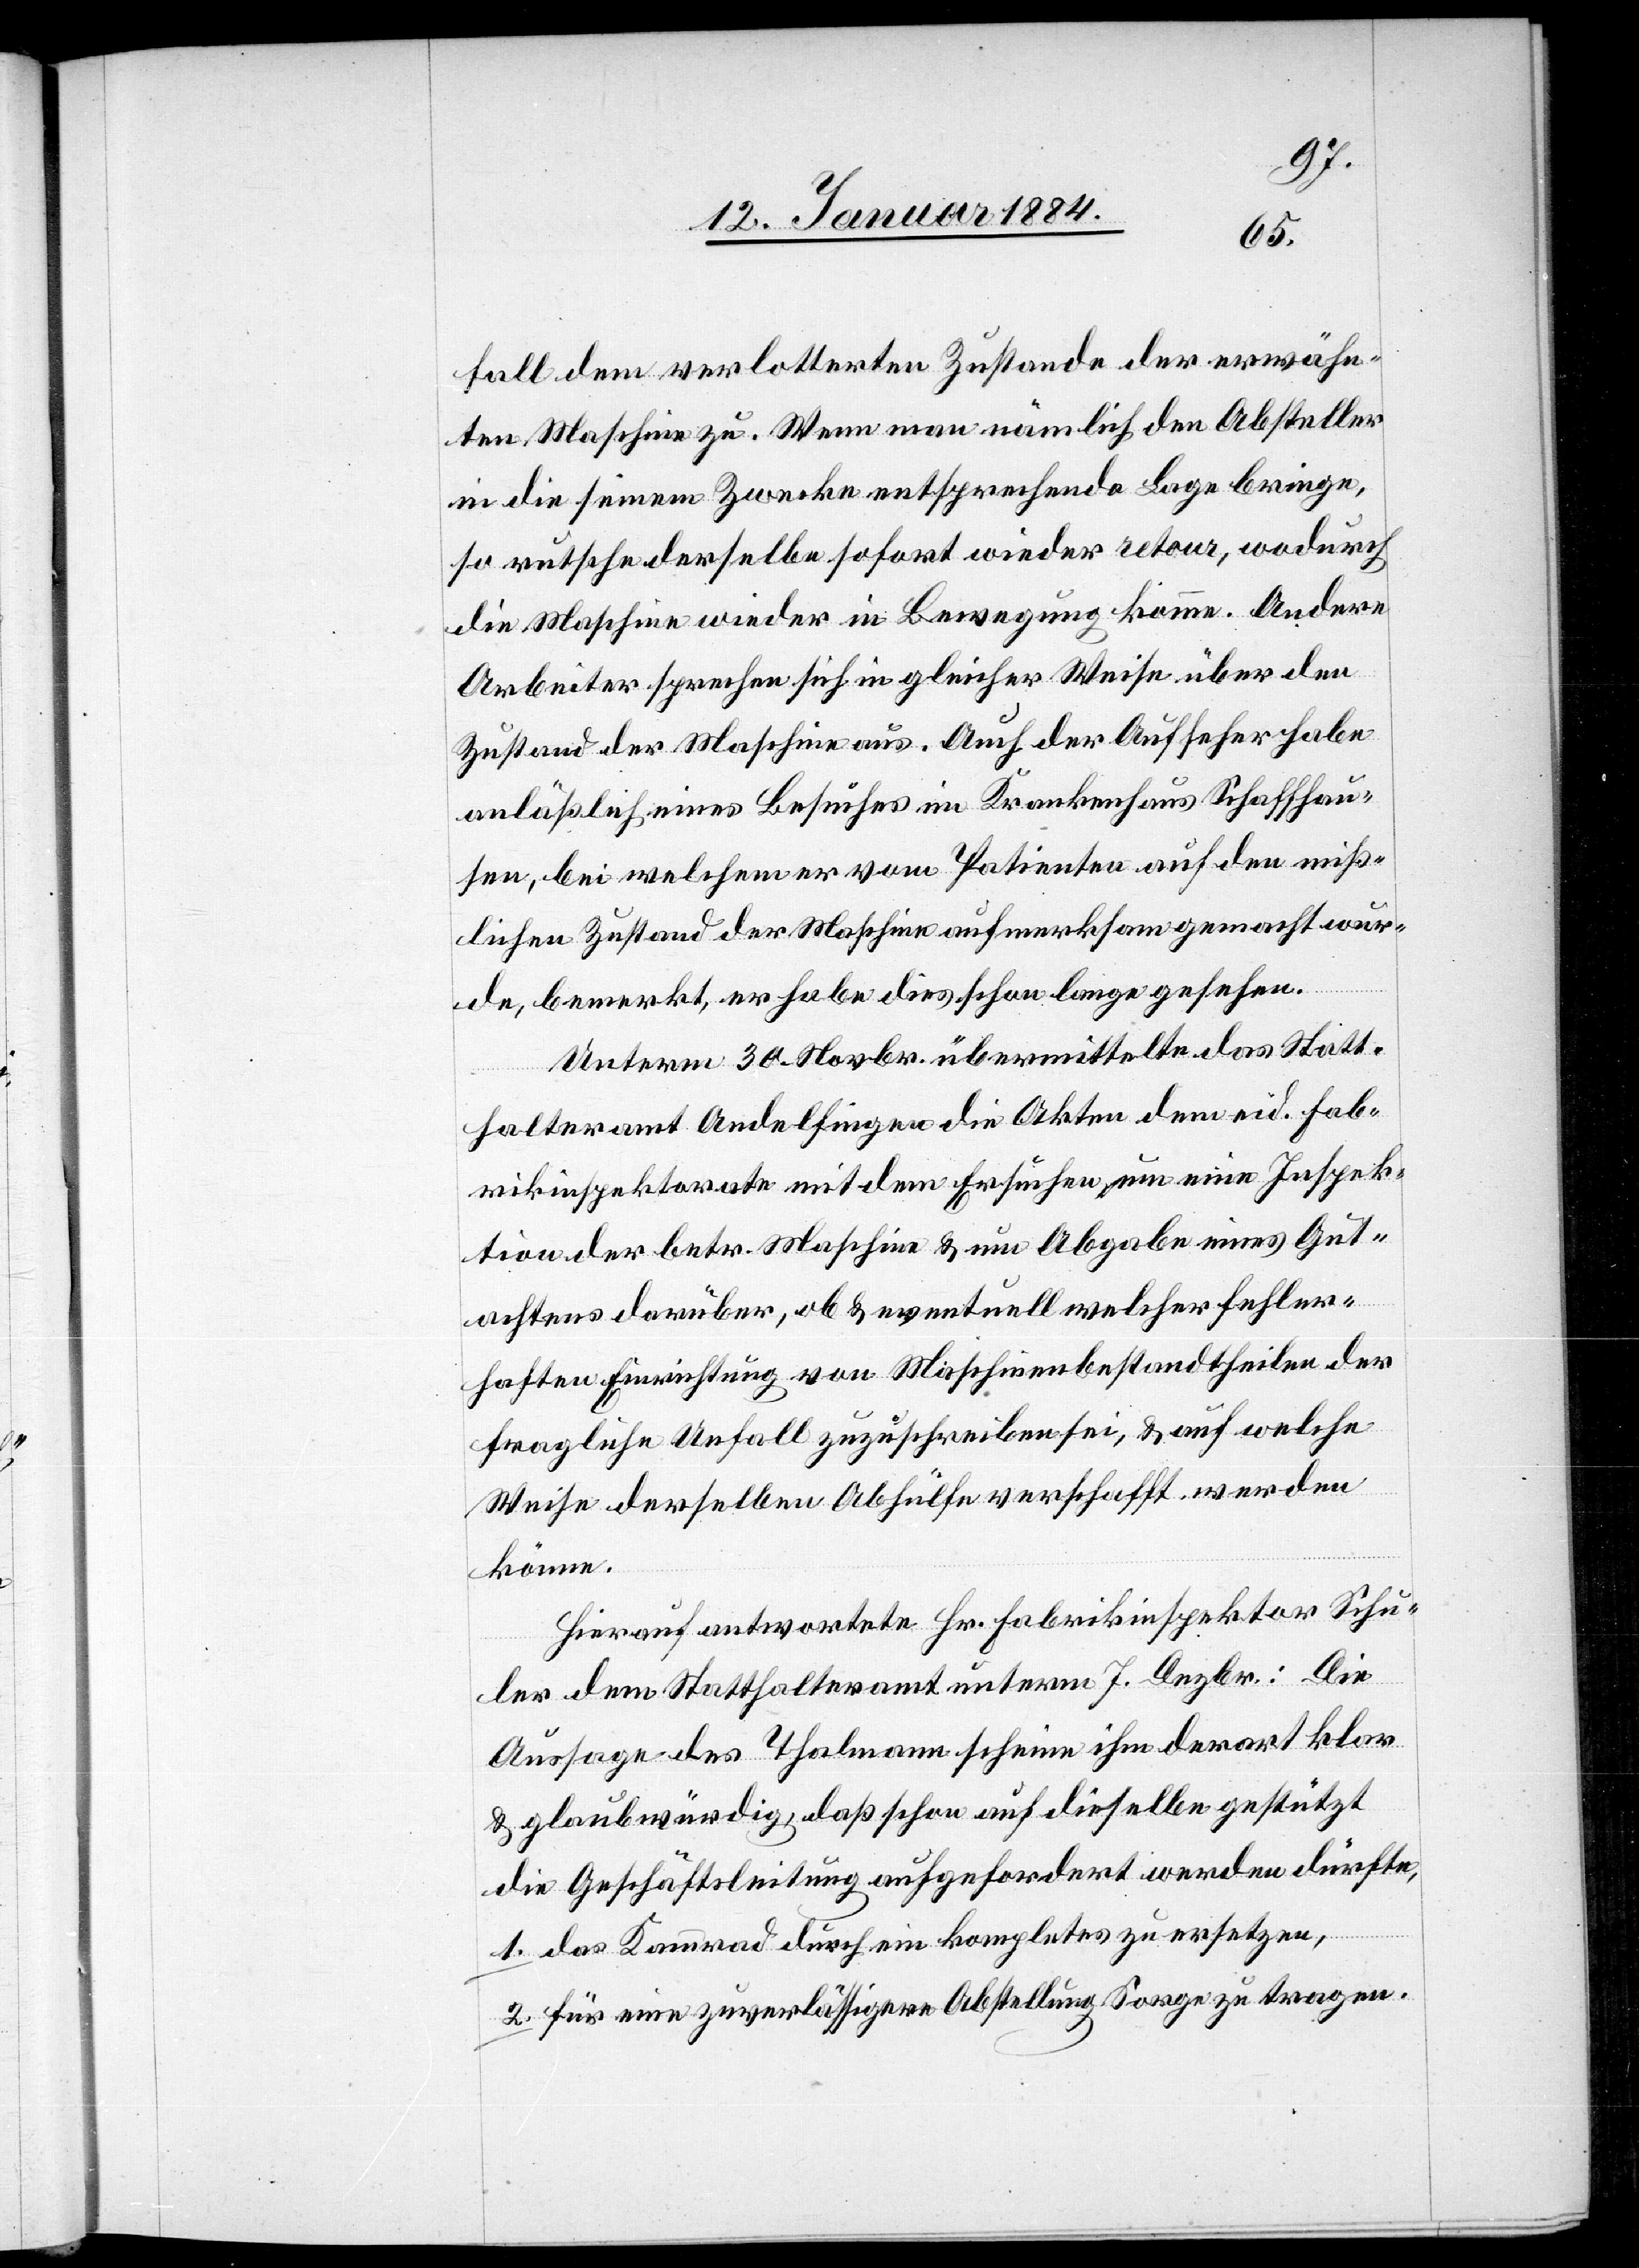
fall dem verlotterten Zustande der erwähn¬
ten Maschine zu. Wenn man nämlich den Absteller
in die seinem Zwecke entsprechende Lage bringe,
so rutsche derselbe sofort wieder retour, wodurch
die Maschine wieder in Bewegung komme. Andere
Arbeiter sprechen sich in gleicher Weise über den
Zustand der Maschine aus. Auch der Aufseher habe
anläßlich eines Besuches im Krankenhaus Schaffhau¬
sen, bei welchem er vom Patienten auf den miß¬
lichen Zustand der Maschine aufmerksam gemacht wur¬
de, bemerkt, er habe dies schon lange gesehen.
Unterm 30. Novbr. übermittelte das Statt¬
halteramt Andelfingen die Akten dem eid. Fab¬
rikinspektorat mit dem Ersuchen um eine Inspek¬
tion der betr. Maschine & um Abgabe eines Gut¬
achtens darüber, ob & eventuell welcher fehler¬
haften Einrichtung von Maschinenbestandtheilen der
fragliche Unfall zuzuschreiben sei, & auf welche
Weise derselben Abhülfe verschafft werden
könne.
Hierauf antwortete Hr. Fabrikinspektor Schu¬
ler dem Statthalteramt unterm 7. Dezbr.: Die
Aussage des Thalmann scheine ihm derart klar
& glaubwürdig, daß schon auf dieselbe gestützt
die Geschäftsleitung aufgefordert werden dürfte,
1. das Kammrad durch ein Komplettes zu ersetzten,
2. Für eine zuverlässige Abstellung Sorge zu tragen.